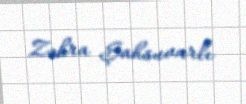
Zəhra Şahsuvarlı